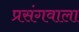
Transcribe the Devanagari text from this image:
प्रसंगवाला